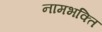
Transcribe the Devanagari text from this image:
नामभक्ति